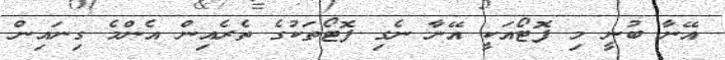
އޭނާ ބުނީ މި ފޮޓޯއަކީ އޭނާ ނެގި ފޮޓޯތަކުގެ ތެރެއިން އެންމެ ގިނައިން